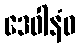
ဒေဝါနံဝ